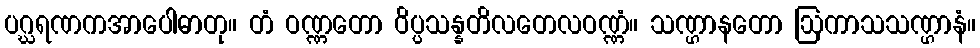
ပဂ္ဃရဏကအာပေါဓာတု။ တံ ဝဏ္ဏတော ဝိပ္ပသန္နတိလတေလဝဏ္ဏံ။ သဏ္ဌာနတော ဩကာသသဏ္ဌာနံ။